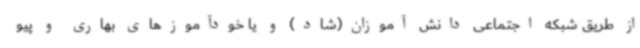
از طریق شبکه اجتماعی دانش آموزان(شاد) و یا خودآموزهای بهاری و پیو